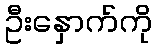
ဦးနှောက်ကို